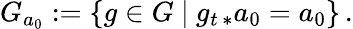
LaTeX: G_{a_{0}}:=\{ g\in G\ |\ g_{t\, *}a_{0}=a_{0}\} \, .